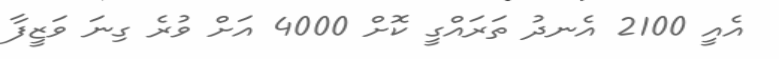
އެއީ 2100 އެނދު ތަރައްގީ ކޮށް 4000 އަށް ވުރެ ގިނަ ވަޒީފާ